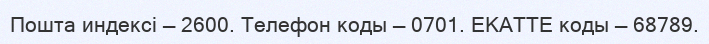
Пошта индексі — 2600. Телефон коды — 0701. ЕКАТТЕ коды — 68789.